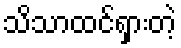
သိသာထင်ရှားတဲ့